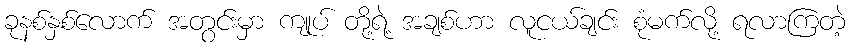
ခုနစ်နှစ်လောက် အတွင်းမှာ ကျုပ် တို့ရဲ့ အချစ်ဟာ လူငယ်ချင်း စုံမက်လို့ ရလာကြတဲ့